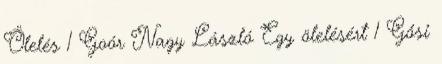
Ölelés 1 Goór Nagy László Egy ölelésért 1 Gősi